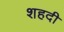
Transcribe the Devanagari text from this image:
शहदी